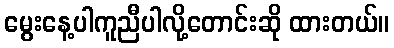
မွေးနေ့ပါကူညီပါလို့တောင်းဆို ထားတယ်။